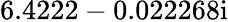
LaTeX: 6.4222-0.022268\mathrm{i}